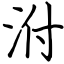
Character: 泭